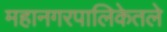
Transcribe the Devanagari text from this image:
महानगरपालिकेतले